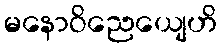
မနောဝိညေယျေဟိ